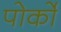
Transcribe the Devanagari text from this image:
पोर्को